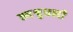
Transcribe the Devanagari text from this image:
श्मश्रुधारी